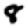
Digit: 8